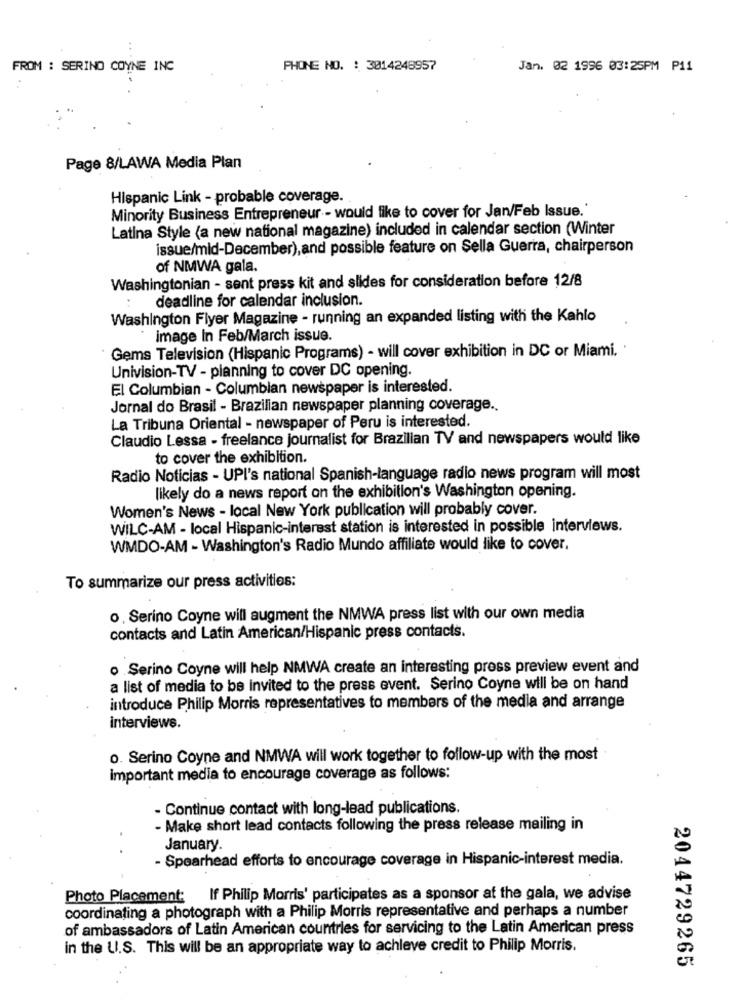
FROM : SERINO COYNE INC
PHONE NO. : 3014248957
Jan. 02 1996 03:25PM P11
Page 8/LAWA Media Plan
Hispanic Link - probable coverage.
Minority Business Entrepreneur - would like to cover for Jan/Feb Issue.'
Latina Style (a new national magazine) included in calendar section (Winter
issue/mid-December), and possible feature on Sella Guerra, chairperson
of NMWA gala.
Washingtonian - sent press kit and slides for consideration before 12/8
deadline for calendar inclusion.
Washington Flyer Magazine - running an expanded listing with the Kahlo
image In Feb/March issue.
Gems Television (Hispanic Programs) - will cover exhibition in DC or Miami.
Univision-TV - planning to cover DC opening.
El Columbian - Columbian newspaper is interested.
Jornal do Brasil - Brazilian newspaper planning coverage ..
La Tribuna Oriental - newspaper of Peru is interested.
Claudio Lessa - freelance journalist for Brazilian TV and newspapers would like
to cover the exhibition.
Radio Noticias - UPI's national Spanish-language radio news program will most
likely do a news report on the exhibition's Washington opening.
Women's News - local New York publication will probably cover.
WILC-AM - local Hispanic-interest station is interested in possible interviews.
WMDO-AM - Washington's Radio Mundo affiliate would like to cover.
To summarize our press activities:
o, Serino Coyne will augment the NMWA press list with our own media
contacts and Latin American/Hispanic press contacts.
o Serino Coyne will help NMWA create an interesting press preview event and
a list of media to be invited to the press event. Serino Coyne will be on hand
introduce Philip Morris representatives to members of the media and arrange
interviews.
o. Serino Coyne and NMWA will work together to follow-up with the most
important media to encourage coverage as follows:
- Continue contact with long-lead publications.
- Make short lead contacts following the press release mailing in
January.
- Spearhead efforts to encourage coverage in Hispanic-interest media.
Photo Placement: If Philip Morris' participates as a sponsor at the gala, we advise
coordinating a photograph with a Philip Morris representative and perhaps a number
of ambassadors of Latin American countries for servicing to the Latin American press
in the U.S. This will be an appropriate way to achieve credit to Philip Morris.
2044729265